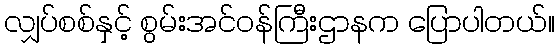
လျှပ်စစ်နှင့် စွမ်းအင်ဝန်ကြီးဌာနက ပြောပါတယ်။